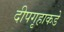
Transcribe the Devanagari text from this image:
दीपगृहाकडे